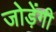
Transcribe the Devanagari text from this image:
जोड़ेंगी